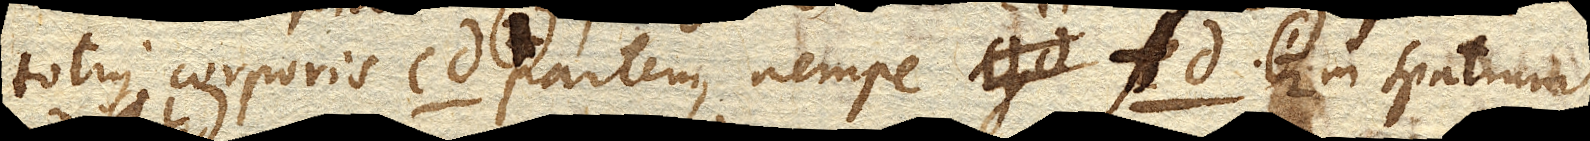
totius corporis cd. (1) partem, nempe fd. in spatium